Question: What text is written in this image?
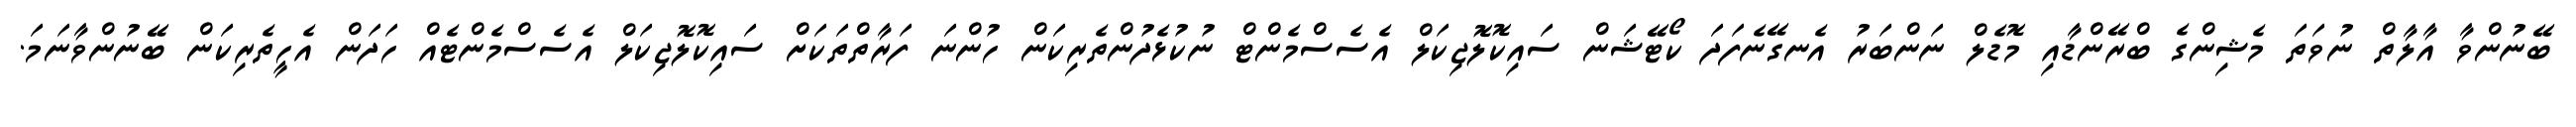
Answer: ބޭނުންވާ އާލާތް ނުވަތަ މެޝިންގެ ބްރޭންޑާއި މޮޑެލް ނަންބަރު އެނގޭނެފަދަ ކޯޓޭޝަން ސައިކޮލޮޖިކަލް އެސެސްމެންޓް ނުކުޅެދުންތެރިކަން ހުންނަ ފަރާތްތަކަށް ސައިކޮލޮޖިކަލް އެސެސްމެންޓެއް ހަދަން އެހީތެރިކަން ބޭނުންވާނަމަ.